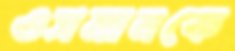
ওসমানকে